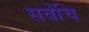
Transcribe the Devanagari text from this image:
सवेंचि